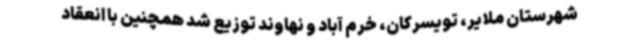
شهرستان ملایر، تویسرکان، خرم آباد و نهاوند توزیع شد همچنین با انعقاد